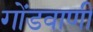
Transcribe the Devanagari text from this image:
गोंडवाणी